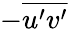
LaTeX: -\overline{{u^{\prime}v^{\prime}}}